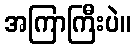
အကြာကြီးပဲ။